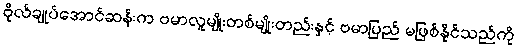
ဗိုလ်ချုပ်အောင်ဆန်းက ဗမာလူမျိုးတစ်မျိုးတည်းနှင့် ဗမာပြည် မဖြစ်နိုင်သည်ကို